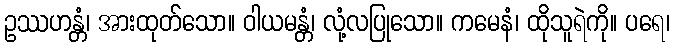
ဥဿဟန္တံ၊ အားထုတ်သော။ ဝါယမန္တံ၊ လုံ့လပြုသော။ ကမေနံ၊ ထိုသူရဲကို။ ပရေ၊